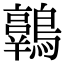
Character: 𪆾